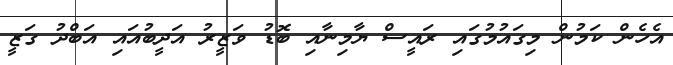
އެހެން ކަމުން މިގައުމުގައި ރައީސް ޔާމިނާއި ބޮޑު ވަޒީރު އަދީބުއައި އަބްދު ގަޒީ